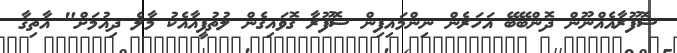
ސޮފޫރާއެއްނޫން ދޮންބޭބޭ އަހަރެން ނިންމައިފިން ސޮފޫރާ ގޮވައިގެން ލުތުފީއާއެކު މާލެ ދިއުމަށް" އާތިޤާ